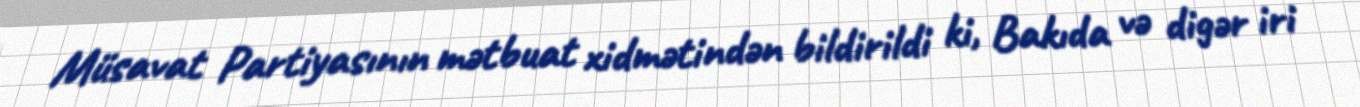
Müsavat Partiyasının mətbuat xidmətindən bildirildi ki, Bakıda və digər iri